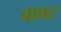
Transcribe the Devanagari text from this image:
बाबर